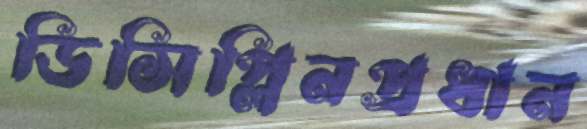
ডিসিপ্লিনপ্রধান